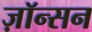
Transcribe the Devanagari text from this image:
ज़ॉन्सन